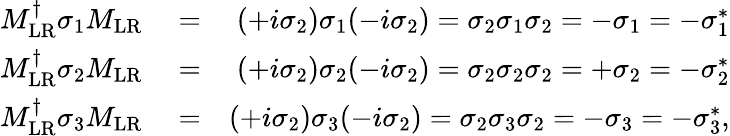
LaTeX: \begin{array}{rlr}{M_{\mathrm{LR}}^{\dagger}\sigma_{1}M_{\mathrm{LR}}}&{{}=}&{(+i\sigma_{2})\sigma_{1}(-i\sigma_{2})=\sigma_{2}\sigma_{1}\sigma_{2}=-\sigma_{1}=-\sigma_{1}^{*}}\\ {M_{\mathrm{LR}}^{\dagger}\sigma_{2}M_{\mathrm{LR}}}&{{}=}&{(+i\sigma_{2})\sigma_{2}(-i\sigma_{2})=\sigma_{2}\sigma_{2}\sigma_{2}=+\sigma_{2}=-\sigma_{2}^{*}}\\ {M_{\mathrm{LR}}^{\dagger}\sigma_{3}M_{\mathrm{LR}}}&{{}=}&{(+i\sigma_{2})\sigma_{3}(-i\sigma_{2})=\sigma_{2}\sigma_{3}\sigma_{2}=-\sigma_{3}=-\sigma_{3}^{*},}\end{array}